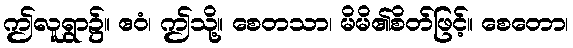
ဤလူရွာ၌။ ဧဝံ၊ ဤသို့။ စေတသာ၊ မိမိ၏စိတ်ဖြင့်။ စေတော၊